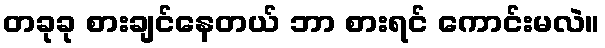
တခုခု စားချင်နေတယ် ဘာ စားရင် ကောင်းမလဲ။